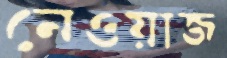
নেওয়াজ